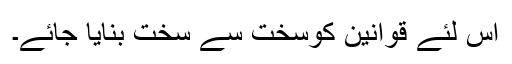
اس لئے قوانین کوسخت سے سخت بنایا جائے۔